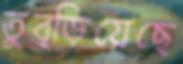
তুব্‌ড়িয়েছে